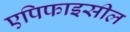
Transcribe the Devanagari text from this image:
एपिफाइसील